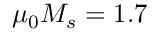
\mu _ { 0 } M _ { s } = 1 . 7